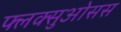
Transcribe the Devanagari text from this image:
फ्लक्सुओसस